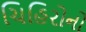
ચિહિરોનો